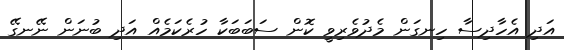
އަދި އެހާދިސާ ހިނގަން މެދުވެރިވީ ކޮން ސަބަބަކާ ހުރެކަމެއް އަދި ބުނަން ނޭނގޭ